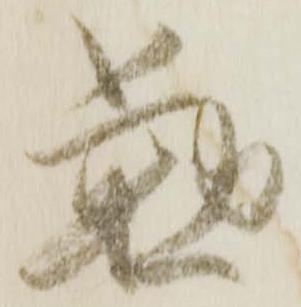
懃